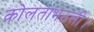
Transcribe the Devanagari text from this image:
कोलताभठली।